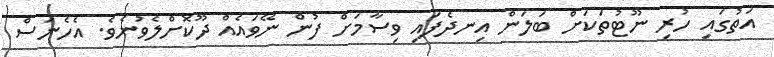
އަތުގައި ހުރި ނޫޓުތަކަށް ބަލަން އިނދެފައި ވިސާމަށް ފުން ނޭވައެއް ދޫކޮށްލެވުނެވެ. އެހެނަސް